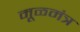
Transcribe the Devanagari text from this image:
मूळमंत्र